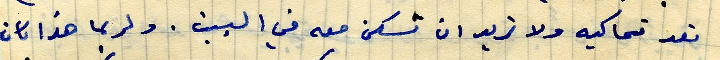
تعد تحاكيه ولا تريد ان تسكن معه في البيت. ولربما هذا كان